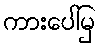
ကားပေါ်မှ